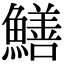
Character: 鱔